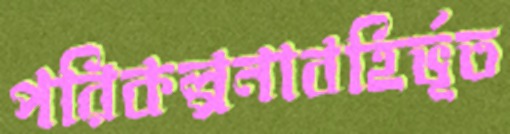
পরিকল্পনাবহির্ভূত